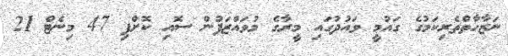
ނަޒާހާތްތެރިކަމުގެ ގައުމީ ވައުދުގައި މީރާގެ މުވައްޒަފުން ސޮއި ކޮށްފި 47 މިނެޓް 21